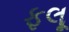
ફલૂ